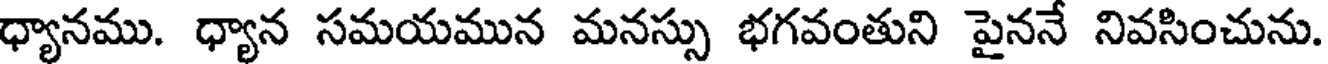
ధ్యానము. ధ్యాన సమయమున మనస్సు భగవంతుని పైననే నివసించును.